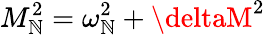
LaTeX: M_{\mathbb{N}}^{2}=\omega_{\mathbb{N}}^{2}+\deltaM^{2}